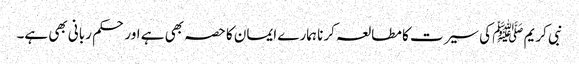
نبی کریم ﷺ کی سیرت کا مطالعہ کرنا ہمارے ایمان کا حصہ بھی ہے اور حکم ربانی بھی ہے۔